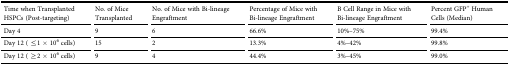
<table><thead><tr><td><b>Time when Transplanted HSPCs (Post-targeting)</b></td><td><b>No. of Mice Transplanted</b></td><td><b>No. of Mice with Bi-lineage Engraftment</b></td><td><b>Percentage of Mice with Bi-lineage Engraftment</b></td><td><b>B Cell Range in Mice with Bi-lineage Engraftment</b></td><td><b>Percent GFP<sup>+</sup> Human Cells (Median)</b></td></tr></thead><tbody><tr><td>Day 4</td><td>9</td><td>6</td><td>66.6%</td><td>10%–75%</td><td>99.4%</td></tr><tr><td>Day 12 ( ≤1 × 10<sup>6</sup> cells)</td><td>15</td><td>2</td><td>13.3%</td><td>4%–42%</td><td>99.8%</td></tr><tr><td>Day 12 ( ≥2 × 10<sup>6</sup> cells)</td><td>9</td><td>4</td><td>44.4%</td><td>3%–45%</td><td>99.0%</td></tr></tbody></table>